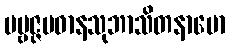
ပဗ္ဗဇ္ဇပဓာနသုဘာသိတနာမော